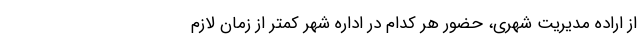
از اراده مدیریت شهری، حضور هر کدام در اداره شهر کمتر از زمان لازم